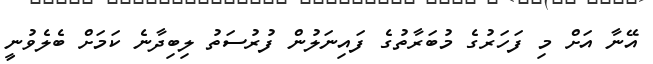
އޭނާ އަށް މި ފަހަރުގެ މުބަރާތުގެ ފައިނަލުން ފުރުސަތު ލިބިދާނެ ކަމަށް ބެލެވުނީ